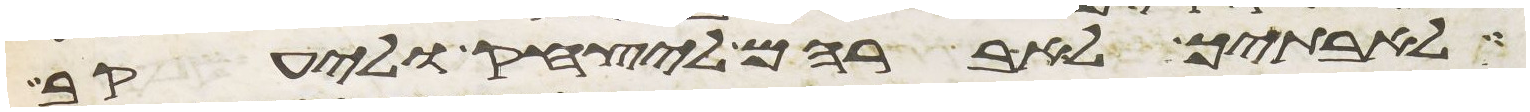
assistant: לאבתיך לאברהם ליצחק וליעקב